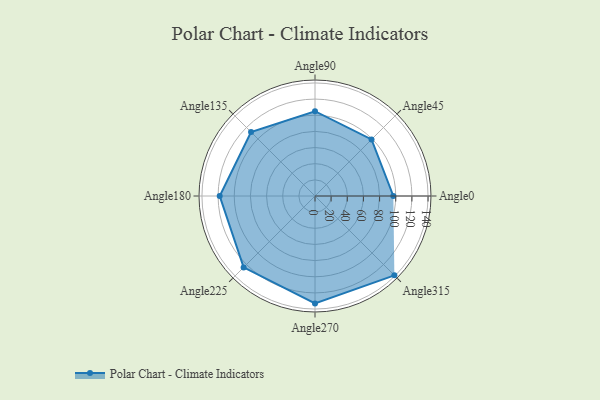
{"axis": {"x": "Angle", "y": "Radius"}, "legend": [""], "data": [{"x": "Angle0", "y": 97.0, "type": ""}, {"x": "Angle45", "y": 99.0, "type": ""}, {"x": "Angle90", "y": 105.0, "type": ""}, {"x": "Angle135", "y": 112.0, "type": ""}, {"x": "Angle180", "y": 118.0, "type": ""}, {"x": "Angle225", "y": 125.0, "type": ""}, {"x": "Angle270", "y": 133.0, "type": ""}, {"x": "Angle315", "y": 139.0, "type": ""}]}